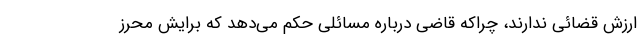
ارزش قضائی ندارند، چراکه قاضی درباره مسائلی حکم می‌دهد که برایش محرز